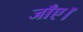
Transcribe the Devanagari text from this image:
जाँए।